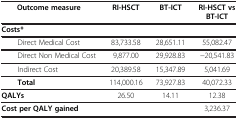
<table><thead><tr><td><b>Outcome measure</b></td><td><b>RI-HSCT</b></td><td><b>BT-ICT</b></td><td><b>RI-HSCT vs BT-ICT</b></td></tr></thead><tbody><tr><td><b>Costs*</b></td><td> </td><td> </td><td> </td></tr><tr><td>Direct Medical Cost</td><td>83,733.58</td><td>28,651.11</td><td>55,082.47</td></tr><tr><td>Direct Non Medical Cost</td><td>9,877.00</td><td>29,928.83</td><td>−20,541.83</td></tr><tr><td>Indirect Cost</td><td>20,389.58</td><td>15,347.89</td><td>5,041.69</td></tr><tr><td><b>Total</b></td><td>114,000.16</td><td>73,927.83</td><td>40,072.33</td></tr><tr><td><b>QALYs</b></td><td>26.50</td><td>14.11</td><td>12.38</td></tr><tr><td><b>Cost per QALY gained</b></td><td> </td><td> </td><td>3,236.37</td></tr></tbody></table>